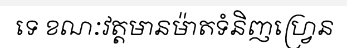
ទេ ខណៈវត្តមានម៉ាតទំនិញហ្វ្រេន